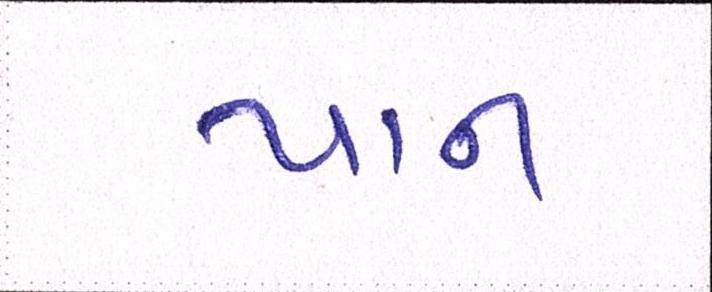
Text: પાન